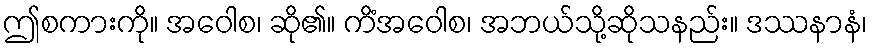
ဤစကားကို။ အဝေါစ၊ ဆို၏။ ကိံအဝေါစ၊ အဘယ်သို့ဆိုသနည်း။ ဒဿနာနံ၊